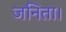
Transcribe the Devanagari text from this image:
जनिता।